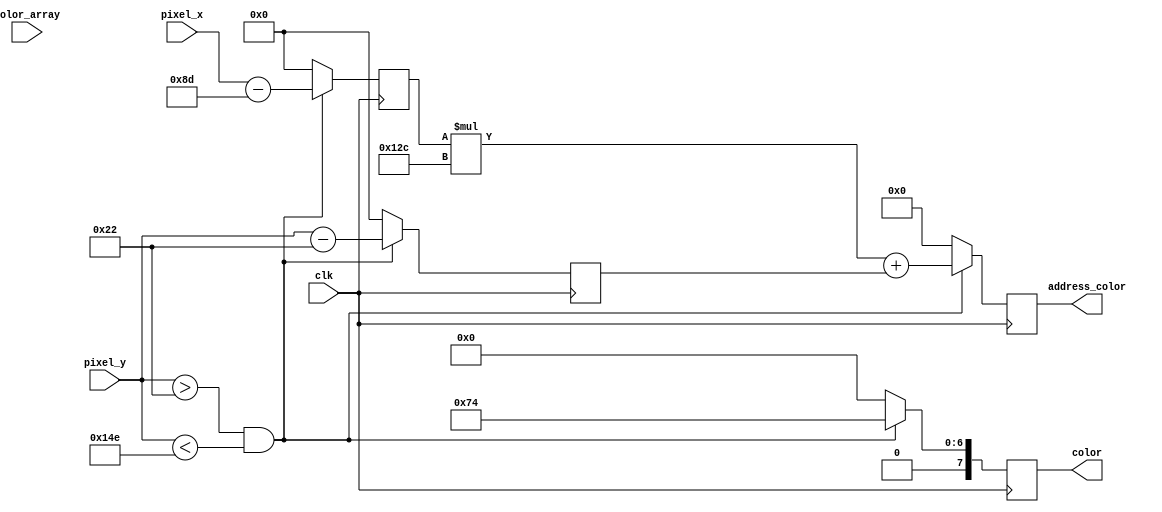
module ColorSelector(
	clk,
	pixel_x,
	pixel_y,
	color_array,
	address_color,
	color
);
input clk;
input [9:0] pixel_x;
input [9:0] pixel_y;
input [90000:0] color_array;
output reg [17:0] address_color;
output reg [7:0] color;

reg [9:0] counter_x;
reg [9:0] counter_y;


always @(posedge clk)
begin
	if( pixel_y > 34 && pixel_y < 334)
	begin
		//Codigo para asignar el color
		counter_x <= pixel_x - 141;
		counter_y <= pixel_y - 34;
		address_color <= (counter_x*300 + counter_y); // array[address_color]
		//color <= color_array[address_color];
		color <= 8'h74;
	end
	else begin
		counter_x <= 0;
		counter_y <= 0;
		address_color <= 0;
		color <= 8'h00;
	end
end

endmodule